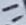
Text: 11